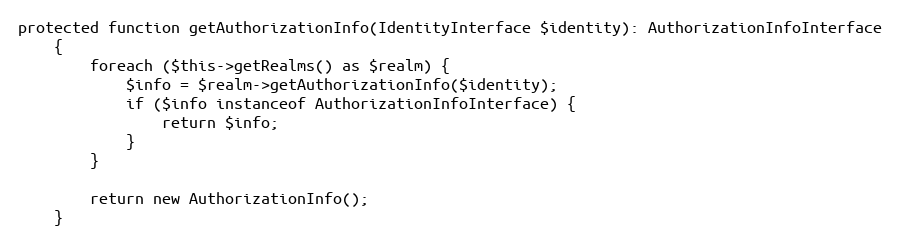
Language: PHP
protected function getAuthorizationInfo(IdentityInterface $identity): AuthorizationInfoInterface
    {
        foreach ($this->getRealms() as $realm) {
            $info = $realm->getAuthorizationInfo($identity);
            if ($info instanceof AuthorizationInfoInterface) {
                return $info;
            }
        }

        return new AuthorizationInfo();
    }